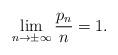
LaTeX: \begin{align*}\lim_{n\to\pm\infty}\frac{p_n}{n}=1.\end{align*}